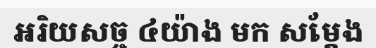
អរិយសច្ច ៤យ៉ាង មក សម្តែង